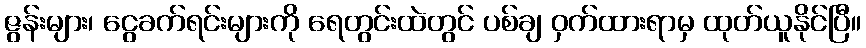
ဇွန်းများ၊ ငွေခက်ရင်းများကို ရေတွင်းထဲတွင် ပစ်ချ ဝှက်ထားရာမှ ထုတ်ယူနိုင်ပြီ။